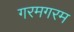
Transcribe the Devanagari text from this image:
गरमगरम